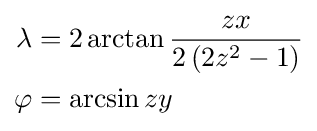
{\begin{aligned}\lambda &=2\arctan {\frac {zx}{2\left(2z^{2}-1\right)}}\\\varphi &=\arcsin zy\end{aligned}}